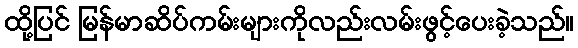
ထို့ပြင် မြန်မာဆိပ်ကမ်းများကိုလည်းလမ်းဖွင့်ပေးခဲ့သည်။